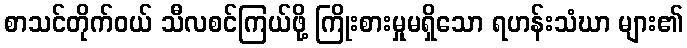
စာသင်တိုက်ဝယ် သီလစင်ကြယ်ဖို့ ကြိုးစားမှုမရှိသော ရဟန်းသံဃာ များ၏